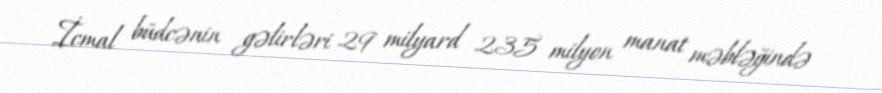
İcmal büdcənin gəlirləri 29 milyard 235 milyon manat məbləğində